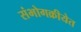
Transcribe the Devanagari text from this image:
संभोगक्रीयेत